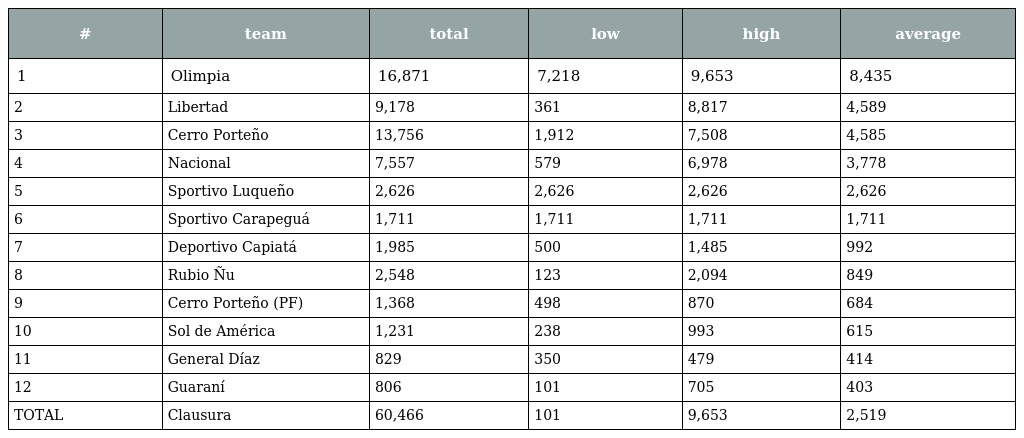
| # | team | total | low | high | average |
 | --- | --- | --- | --- | --- | --- |
 | 1 | Olimpia | 16,871 | 7,218 | 9,653 | 8,435 |
 | 2 | Libertad | 9,178 | 361 | 8,817 | 4,589 |
 | 3 | Cerro Porteño | 13,756 | 1,912 | 7,508 | 4,585 |
 | 4 | Nacional | 7,557 | 579 | 6,978 | 3,778 |
 | 5 | Sportivo Luqueño | 2,626 | 2,626 | 2,626 | 2,626 |
 | 6 | Sportivo Carapeguá | 1,711 | 1,711 | 1,711 | 1,711 |
 | 7 | Deportivo Capiatá | 1,985 | 500 | 1,485 | 992 |
 | 8 | Rubio Ñu | 2,548 | 123 | 2,094 | 849 |
 | 9 | Cerro Porteño (PF) | 1,368 | 498 | 870 | 684 |
 | 10 | Sol de América | 1,231 | 238 | 993 | 615 |
 | 11 | General Díaz | 829 | 350 | 479 | 414 |
 | 12 | Guaraní | 806 | 101 | 705 | 403 |
 | TOTAL | Clausura | 60,466 | 101 | 9,653 | 2,519 |